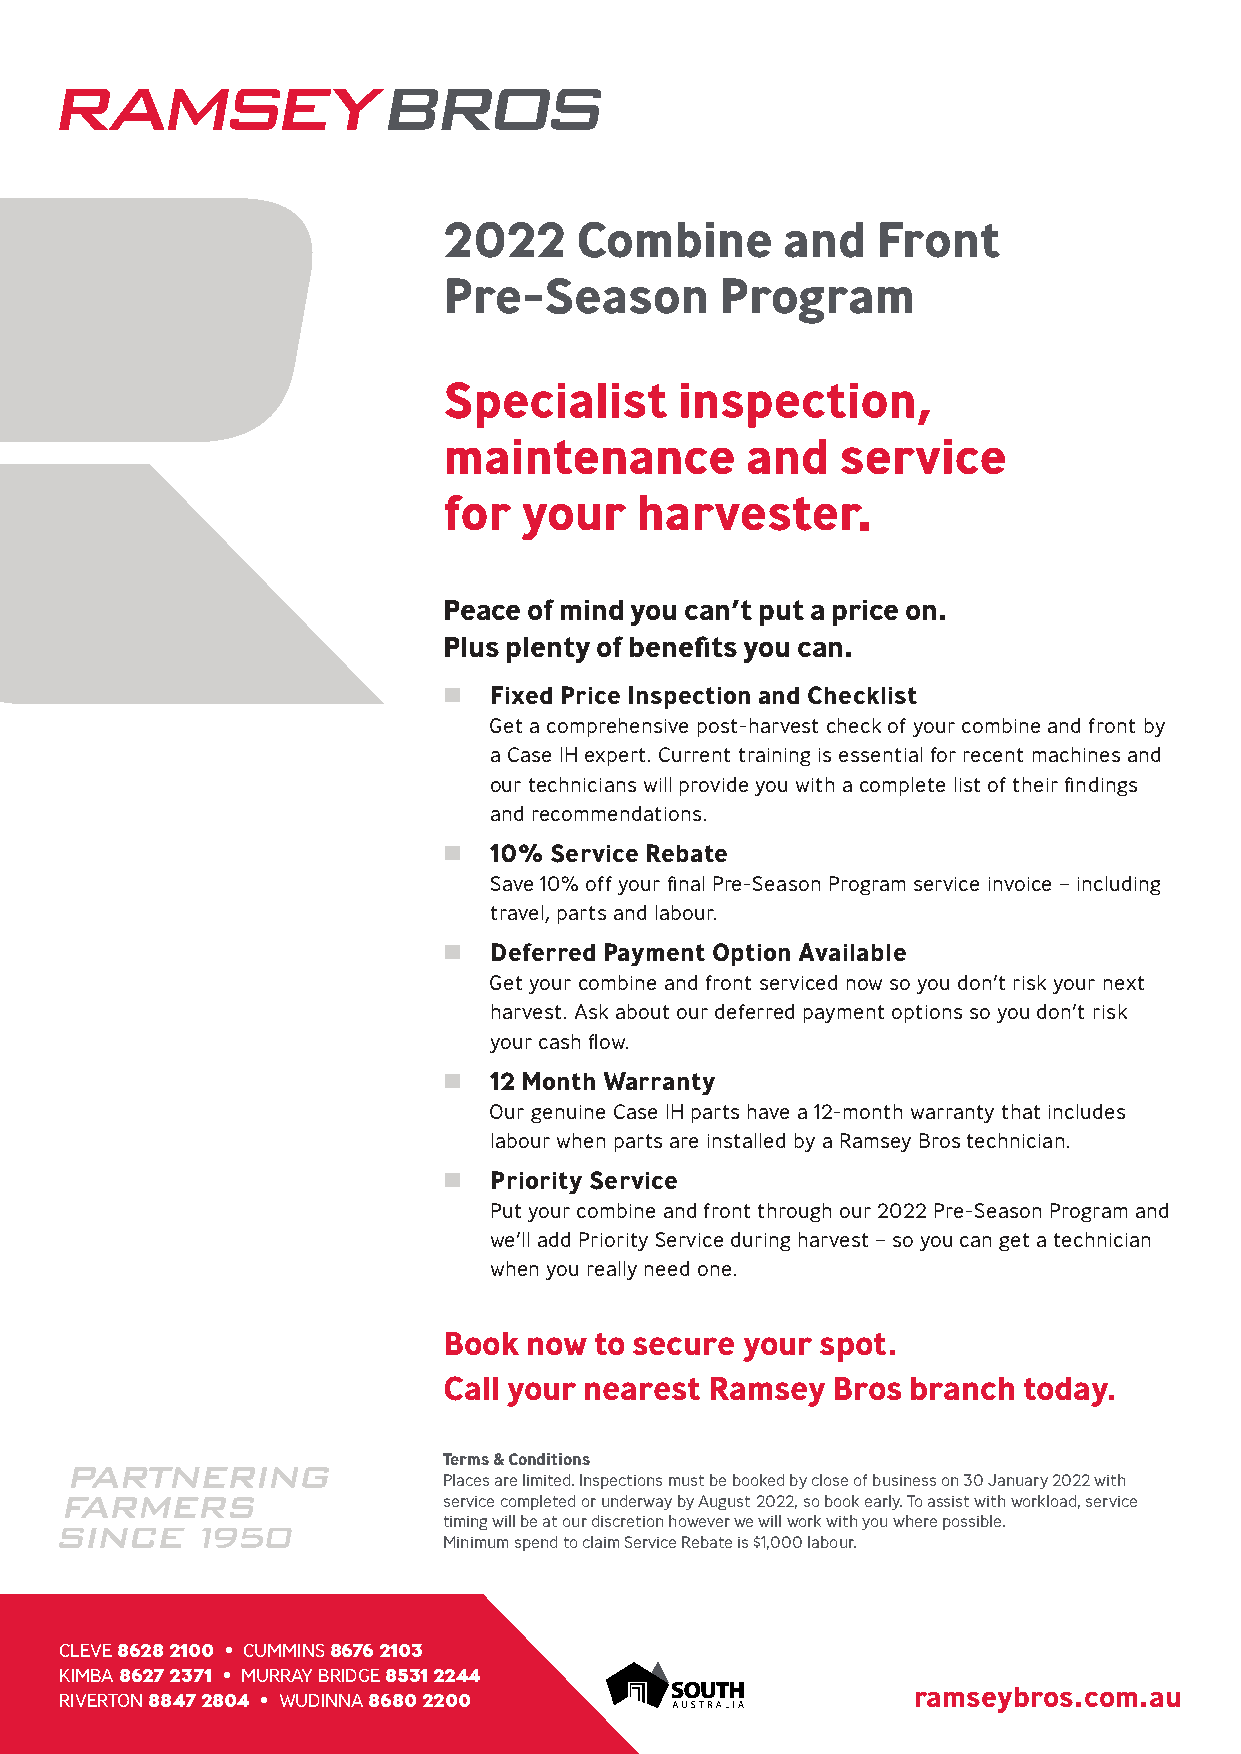
2022     Combine       and   Front
 Pre-Season         Program
 Specialist      inspection,
 maintenance         and    service
 for  your    harvester.
 Peace of mind you can’t put a price on.
 Plus plenty of benefits you can.
   Fixed Price Inspection and Checklist
 Get a comprehensive post-harvest check of your combine and front by
 a Case IH expert. Current training is essential for recent machines and
 our technicians will provide you with a complete list of their findings
 and recommendations.
   10% Service Rebate
 Save 10% off your final Pre-Season Program service invoice – including
 travel, parts and labour.
   Deferred Payment Option Available
 Get your combine and front serviced now so you don’t risk your next
 harvest. Ask about our deferred payment options so you don’t risk
 your cash flow.
   12 Month Warranty
 Our genuine Case IH parts have a 12-month warranty that includes
 labour when parts are installed by a Ramsey Bros technician.
   Priority Service
 Put your combine and front through our 2022 Pre-Season Program and
 we’ll add Priority Service during harvest – so you can get a technician
 when you really need one.
 Book  now to secure your spot.
 Call your nearest Ramsey  Bros branch  today.
 Terms & Conditions
 Places are limited. Inspections must be booked by close of business on 30 January 2022 with
 service completed or underway by August 2022, so book early. To assist with workload, service
 timing will be at our discretion however we will work with you where possible.
 Minimum spend to claim Service Rebate is $1,000 labour.
 CLEVE 8628 2100 • CUMMINS 8676 2103
 KIMBA 8627 2371 • MURRAY BRIDGE 8531 2244
 RIVERTON 8847 2804 • WUDINNA 8680 2200                  ramseybros.com.au